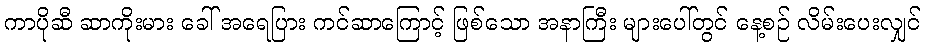
ကာပိုဆီ ဆာကိုးမား ခေါ် အရေပြား ကင်ဆာကြောင့် ဖြစ်သော အနာကြီး များပေါ်တွင် နေ့စဉ် လိမ်းပေးလျှင်